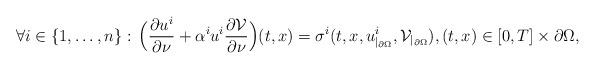
LaTeX: \begin{align*}\forall i\in\{1,\ldots,n\}:\,\Bigl{(}\frac{\partial u^i}{\partial \nu}+\alpha^i u^i\frac{\partial\mathcal{V}}{\partial \nu}\Bigr{)}(t, x)=\sigma^i(t, x,u^i_{|_{\partial\Omega}}, \mathcal{V}_{|_{\partial\Omega}}),(t, x)\in[0, T]\times\partial\Omega,\end{align*}